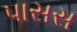
પાસસ